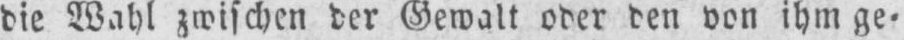
die Wahl zwischen der Gewalt oder den von ihm ge⸗